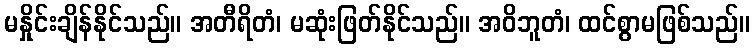
မနှိုင်းချိန်နိုင်သည်။ အတီရိတံ၊ မဆုံးဖြတ်နိုင်သည်။ အဝိဘူတံ၊ ထင်စွာမဖြစ်သည်။